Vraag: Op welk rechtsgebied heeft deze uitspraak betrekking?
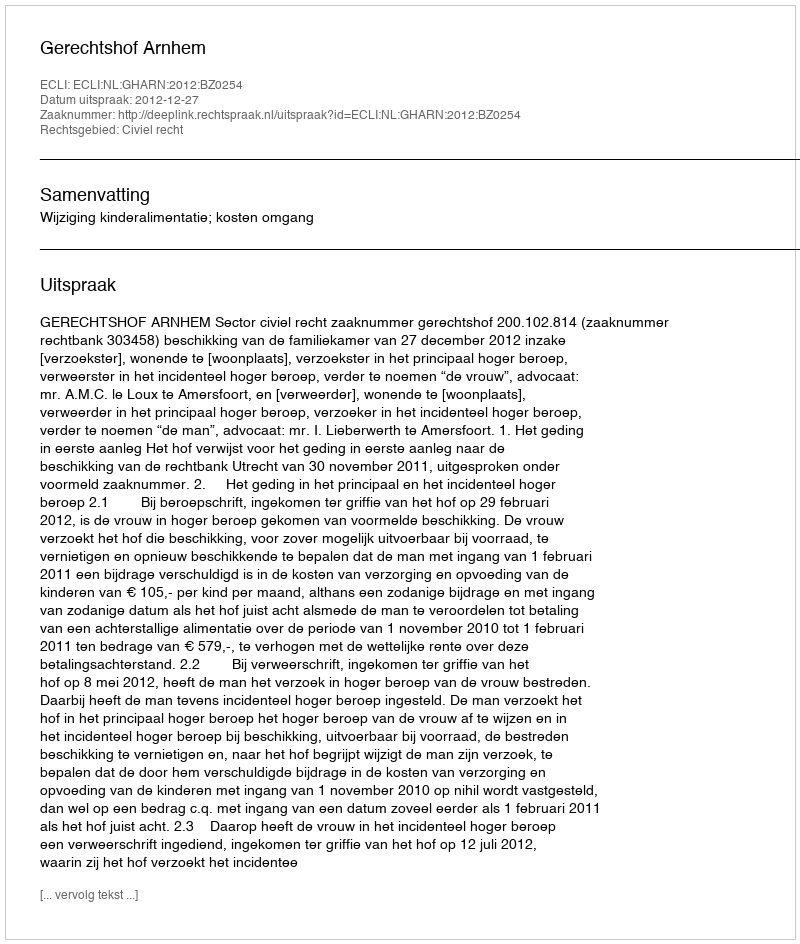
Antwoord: Civiel recht